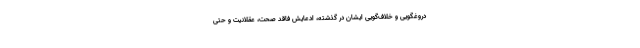
دروغگویی و خلاف‌گویی ایشان در گذشته، ادعایش فاقد صحت، عقلانیت و حتی